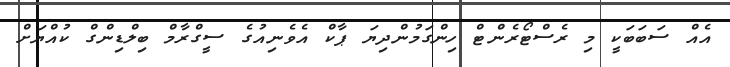
އެއް ސަބަބަކީ މި ރެސްޓޯރެންޓް ހިންގަމުންދިޔަ ޕާކް އެވެނިއުގެ ސީގްރާމް ބިލްޑިންގް ކުއްޔަށް